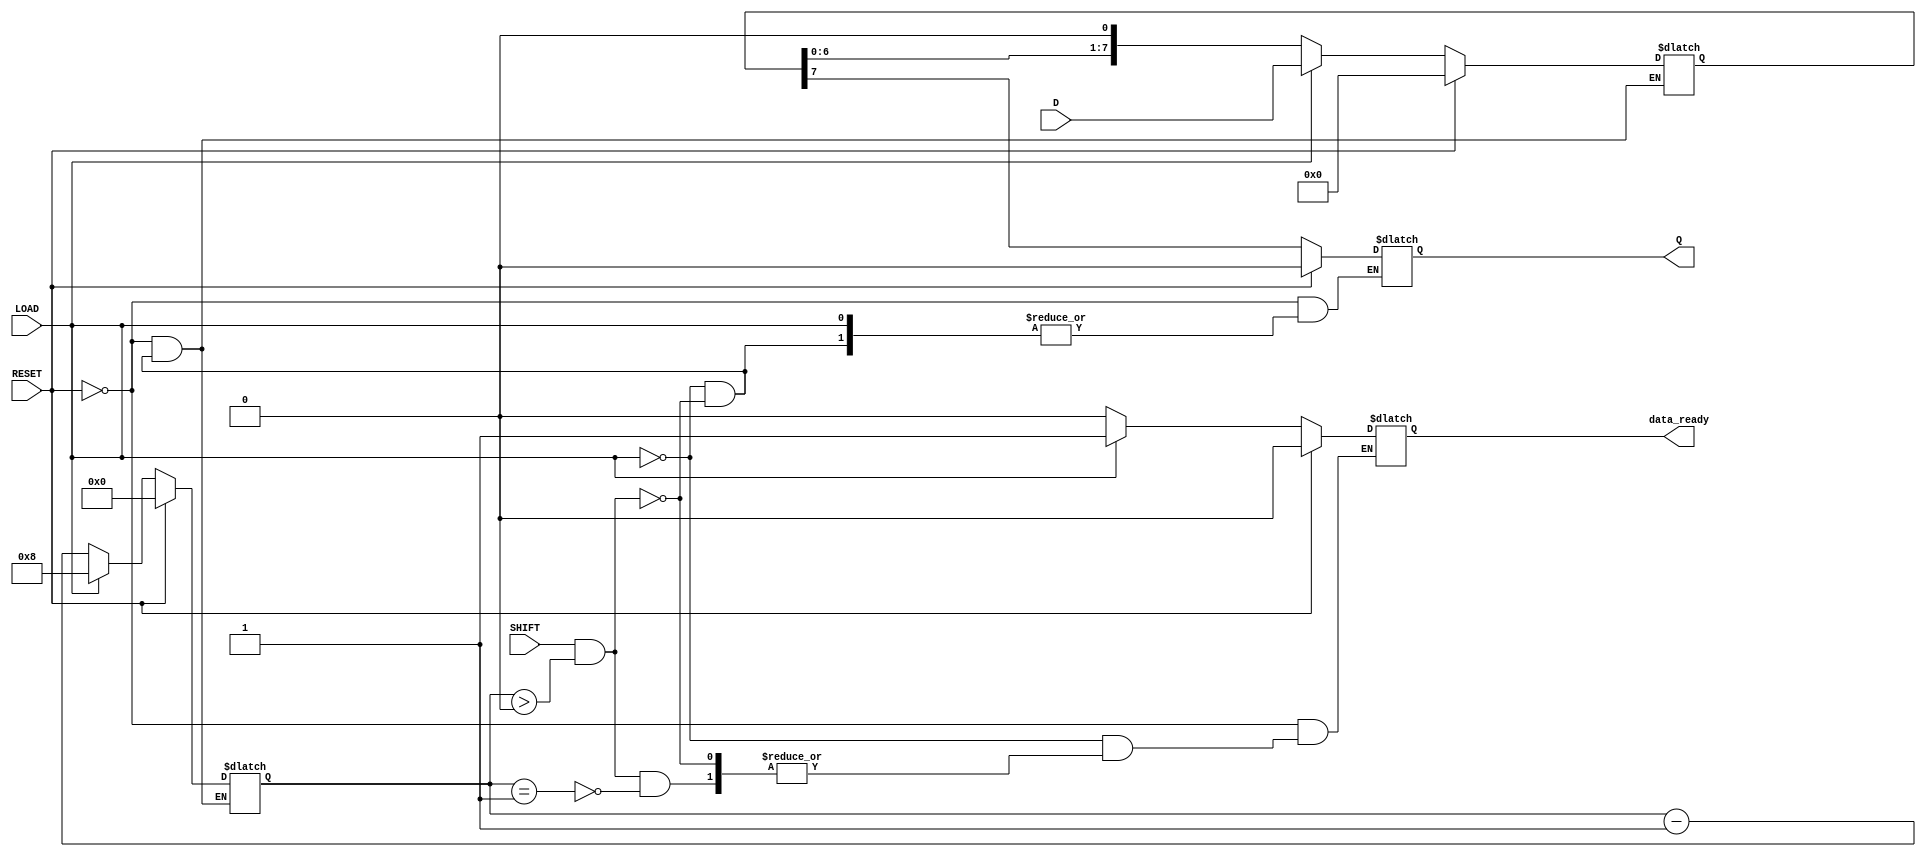
module PISO_Register #(
    parameter N = 8  // Width of the register (number of bits)
)(
    input wire [N-1:0] D,      // Parallel Data Inputs
    input wire LOAD,            // Load Signal
    input wire SHIFT,           // Shift Signal
    input wire RESET,           // Asynchronous Reset
    output reg Q,               // Serial Output
    output reg data_ready       // Data Ready Indicator (optional)
);

    reg [N-1:0] shift_reg;      // Internal storage register
    reg [3:0] bit_count;         // Counter for the number of bits shifted out

    always @(*) begin
        if (RESET) begin
            // Asynchronous reset
            shift_reg <= 0;
            Q <= 0;
            bit_count <= 0;
            data_ready <= 1'b0; // Data is not ready
        end else begin
            if (LOAD) begin
                // Load operation
                shift_reg <= D;
                bit_count <= N; // Set bit count to the width of the register
                data_ready <= 1'b1; // Data is ready after loading
            end else if (SHIFT && (bit_count > 0)) begin
                // Shift operation
                Q <= shift_reg[N-1]; // Output the MSB (or LSB based on design)
                shift_reg <= shift_reg << 1; // Shift left
                bit_count <= bit_count - 1; // Decrement the bit count
                if (bit_count == 1) begin
                    data_ready <= 1'b0; // Data is no longer ready after last bit is shifted
                end
            end
        end
    end

endmodule